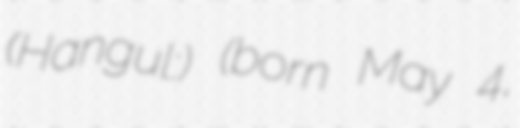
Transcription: (Hangul:변세종) (born May 4,